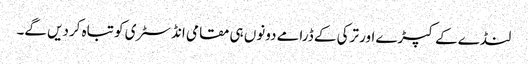
لنڈے کے کپڑے اور ترکی کے ڈرامے دونوں ہی مقامی انڈسٹری کو تباہ کردیں گے۔